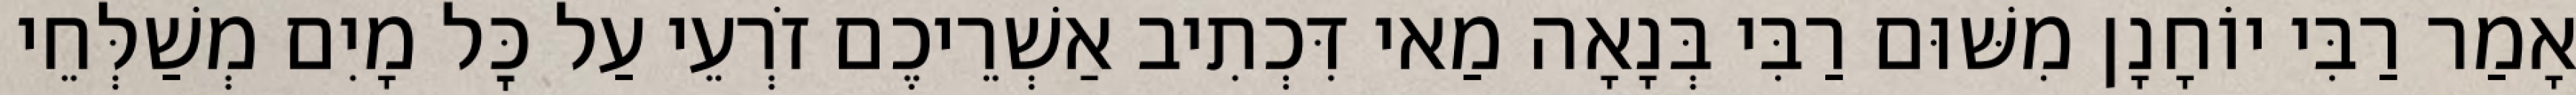
אָמַר רַבִּי יוֹחָנָן מִשּׁוּם רַבִּי בְּנָאָה מַאי דִּכְתִיב אַשְׁרֵיכֶם זֹרְעֵי עַל כׇּל מָיִם מְשַׁלְּחֵי